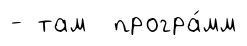
- там програ́мм